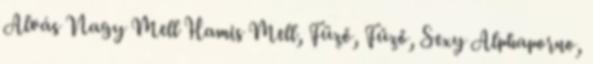
Alvás Nagy Mell Hamis Mell, Füző, Fűző, Sexy Alphaporno,